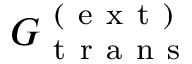
G _ { \mathrm { ~ t ~ r ~ a ~ n ~ s ~ } } ^ { \mathrm { ~ ( ~ e ~ x ~ t ~ ) ~ } }